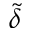
\tilde { \delta }